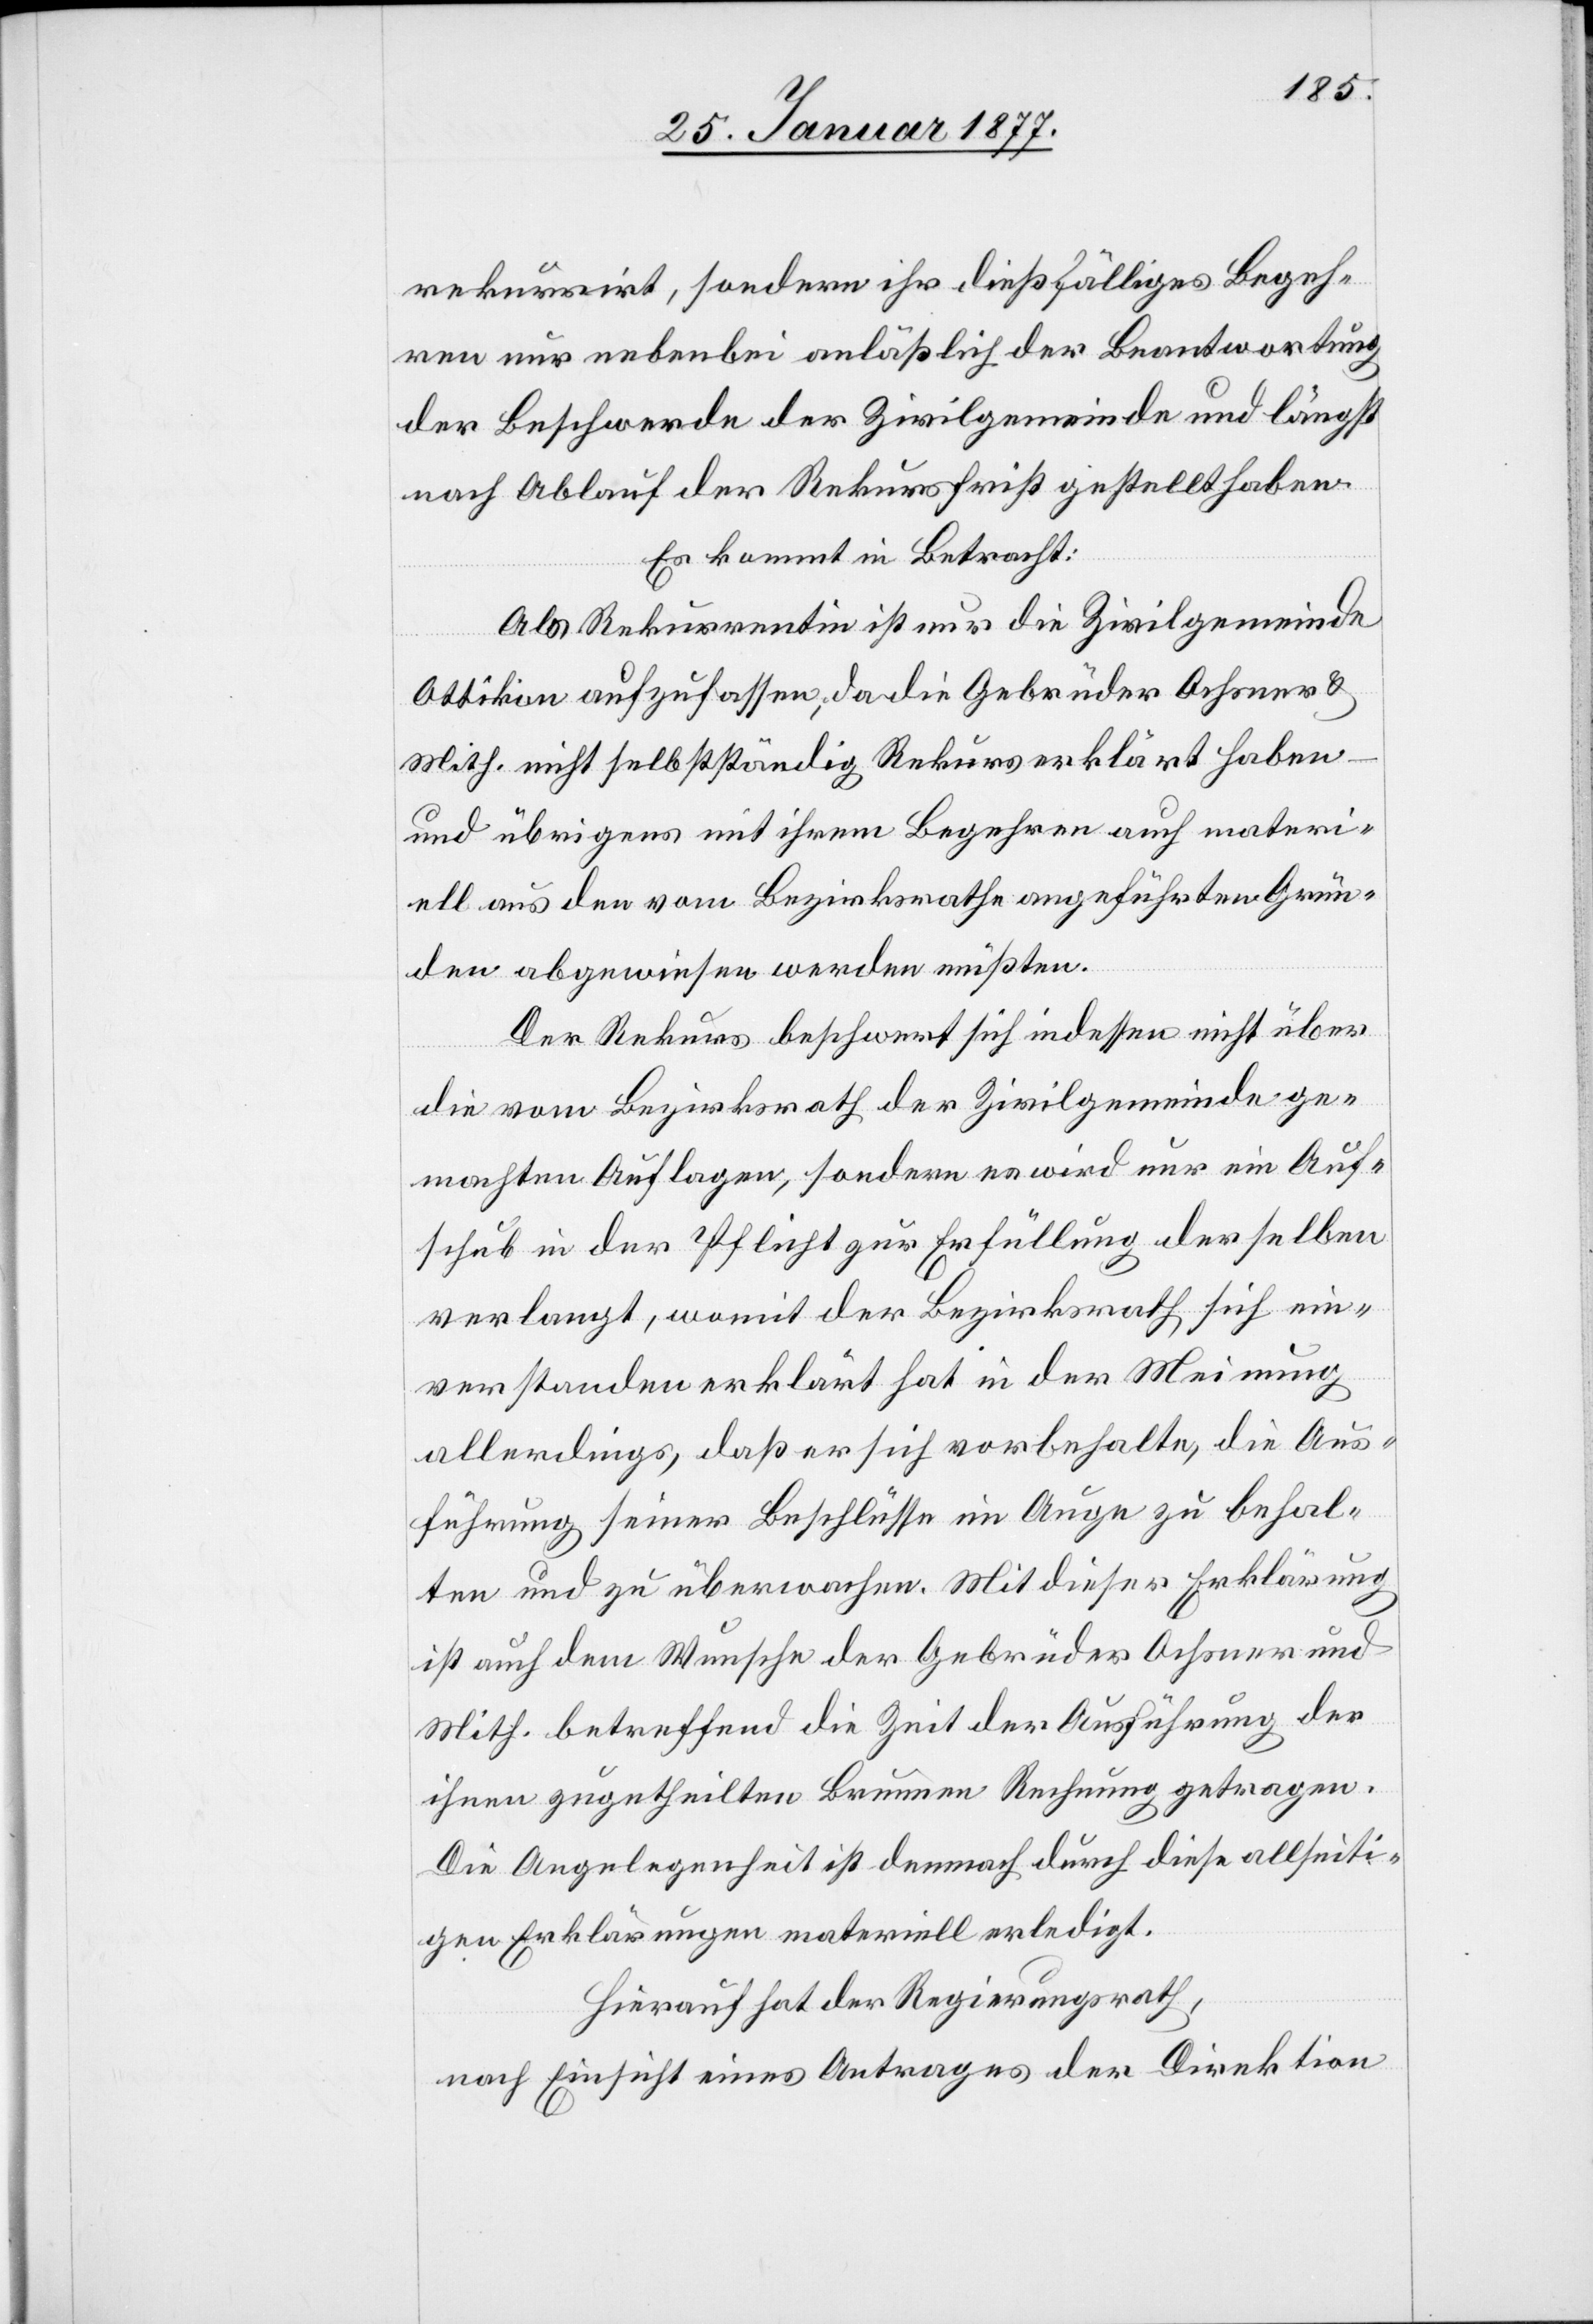
rekurrirt, sondern ihr dießfälliges Begeh¬
ren nur nebenbei anläßlich der Beantwortung
der Beschwerde der Zivilgemeinde und längst
nach Ablauf der Rekursfrist gestellt haben.
Es kommt in Betracht:
Als Rekurrentin ist nur die Zivilgemeinde
Ottikon aufzufassen, da die Gebrüder Ochsner &
Mith. nicht selbstständig Rekurs erklärt haben
und übrigens mit ihrem Begehren auch materi¬
ell aus den vom Bezirksrathe angeführten Grün¬
den abgewiesen werden müßten.
Der Rekurs beschwert sich indessen nicht über
die vom Bezirksrath der Zivilgemeinde ge¬
machten Auflagen, sondern es wird nur ein Auf¬
schub in der Pflicht zur Erfüllung derselben
verlangt, womit der Bezirksrath sich ein¬
verstanden erklärt hat in der Meinung
allerdings, daß er sich vorbehalte, die Aus¬
führung seiner Beschlüsse im Auge zu behal¬
ten und zu überwachen. Mit dieser Erklärung
ist auch dem Wunsche der Gebrüder Ochsner und
Mith. betreffend die Zeit der Ausführung der
ihnen zugetheilten Brunnen Rechnung getragen.
Die Angelegenheit ist demnach durch diese allseiti¬
gen Erklärungen materiell erledigt.
Hierauf hat der Regierungsrath,
nach Einsicht eines Antrages der Direktion